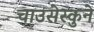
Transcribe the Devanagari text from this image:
चाउसेस्कुने